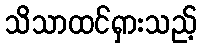
သိသာထင်ရှားသည့်